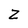
Character: Z